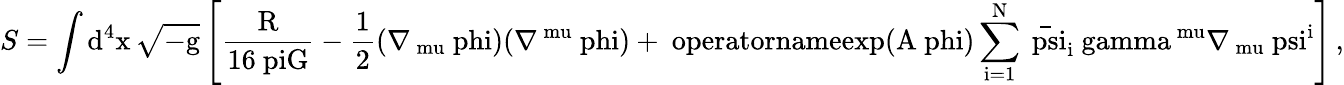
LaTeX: S=\int\mathrm{d^{4}x\, \sqrt{-g}\left[\frac{R}{16\ piG}-\frac{1}{2}(\nabla_{\ mu}\ phi)(\nabla^{\ mu}\ phi)+\ operatorname{exp}{(A\ phi)}\sum_{i=1}^{N}\bar{\ psi}_{i}\ gamma^{\ mu}\nabla_{\ mu}\ psi^{i}\right]\, ,}